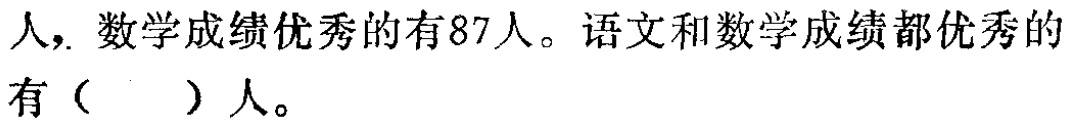
人，数学成绩优秀的有87人。语文和数学成绩都优秀的有（  ）人。